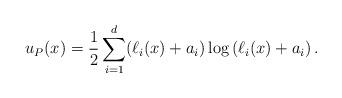
LaTeX: \begin{align*} u_P(x) = \frac{1}{2} \sum_{i=1}^d (\ell_i(x) + a_i) \log\left( \ell_i(x) + a_i \right).\end{align*}